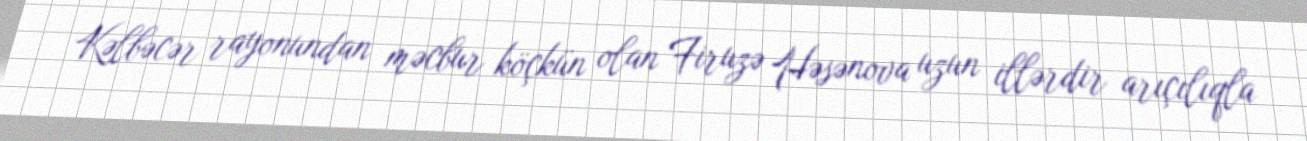
Kəlbəcər rayonundan məcbur köçkün olan Firuzə Həsənova uzun illərdir arıçılıqla